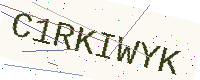
Text: C1RKIWYK